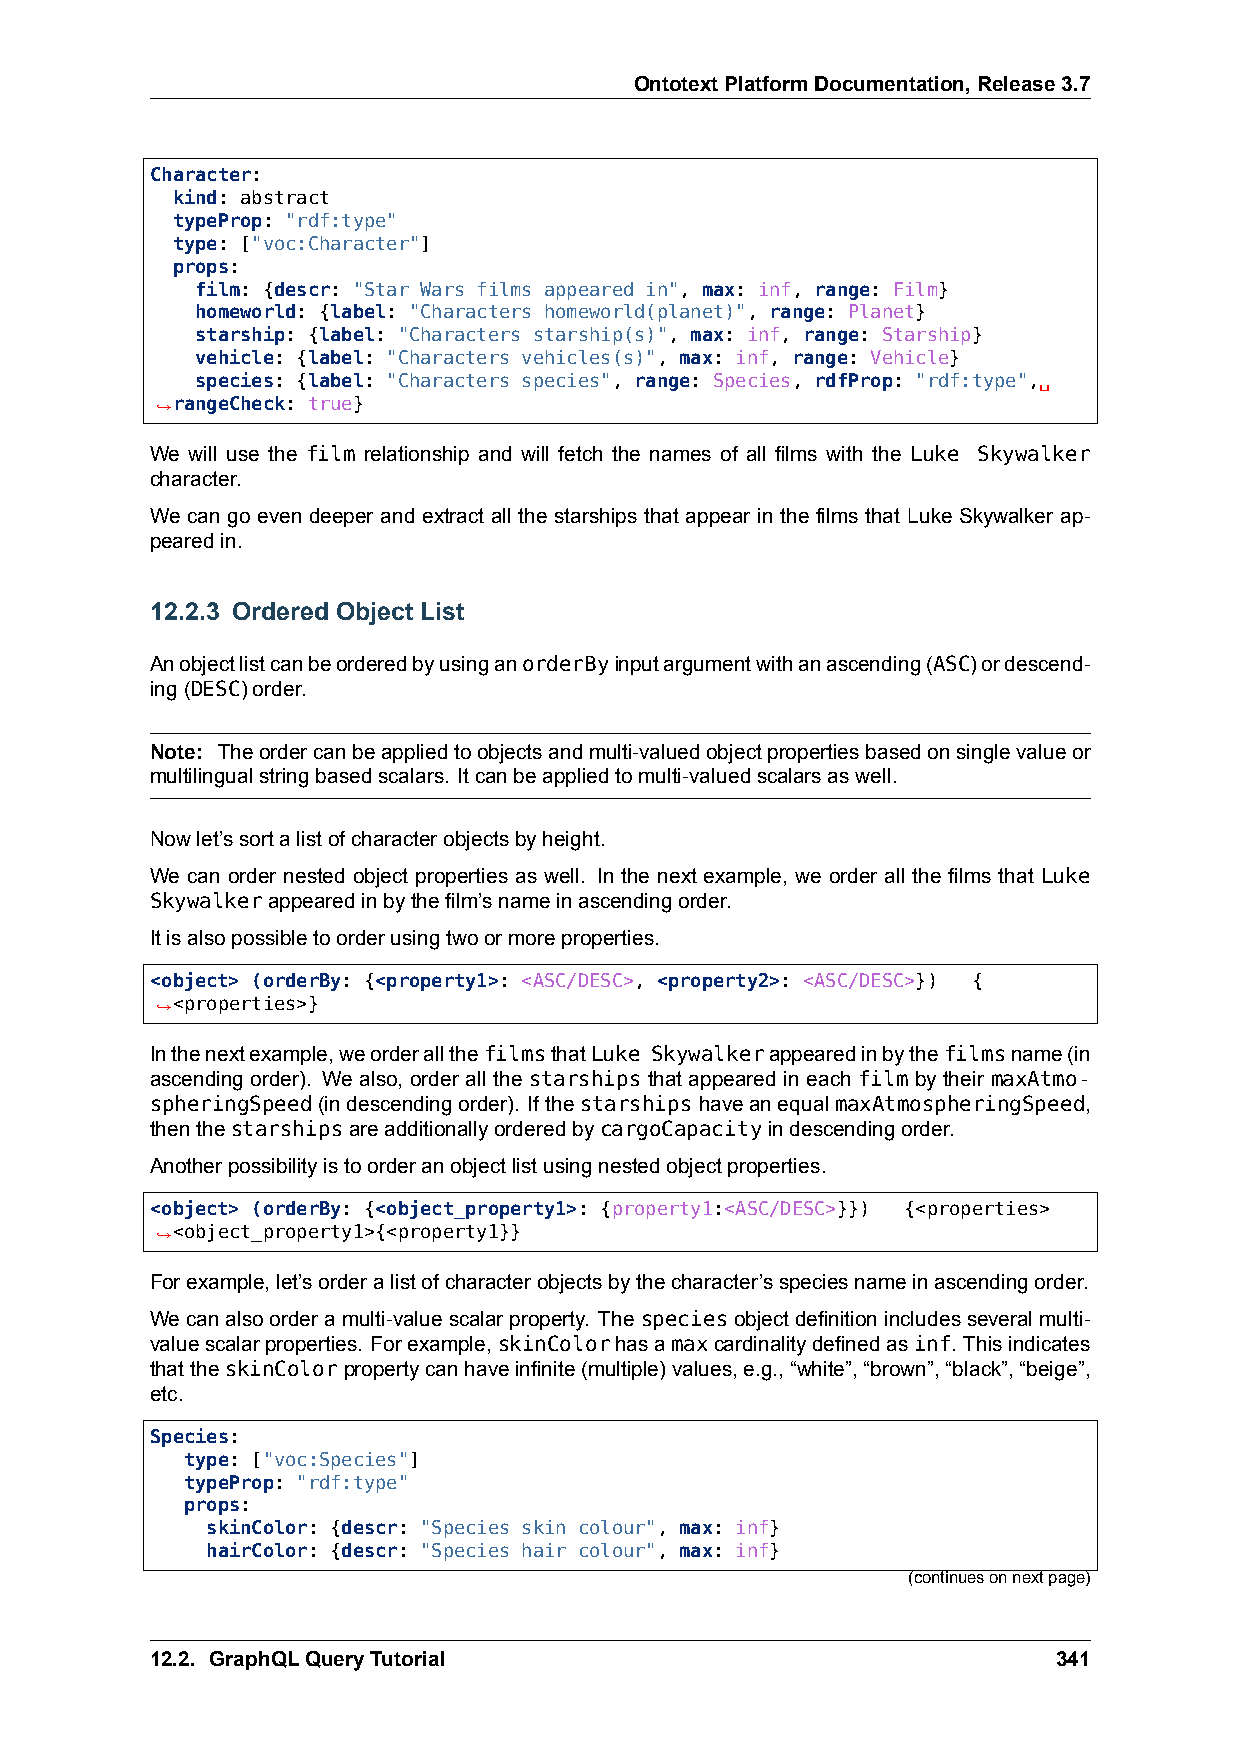
OntotextPlatformDocumentation,Release3.7
 Character:
 kind: abstract
 typeProp: "rdf:type"
 type: ["voc:Character"]
 props:
 film: {descr: "Star Wars films appeared in", max: inf, range: Film}
 homeworld: {label: "Characters homeworld(planet)", range: Planet}
 starship: {label: "Characters starship(s)", max: inf, range: Starship}
 vehicle: {label: "Characters vehicles(s)", max: inf, range: Vehicle}
 species: {label: "Characters species", range: Species, rdfProp: "rdf:type",␣
 ,→rangeCheck: true}
 We will use the film relationship and will fetch the names of all films with the Luke Skywalker
 character.
 We can go even deeper and extract all the starships that appear in the films that Luke Skywalker ap-
 pearedin.
 12.2.3 Ordered Object List
 AnobjectlistcanbeorderedbyusinganorderByinputargumentwithanascending(ASC)ordescend-
 ing(DESC)order.
 Note: Theordercanbeappliedtoobjectsandmulti-valuedobjectpropertiesbasedonsinglevalueor
 multilingualstringbasedscalars. Itcanbeappliedtomulti-valuedscalarsaswell.
 Nowlet’ssortalistofcharacterobjectsbyheight.
 We can order nested object properties as well. In the next example, we order all the films that Luke
 Skywalkerappearedinbythefilm’snameinascendingorder.
 Itisalsopossibletoorderusingtwoormoreproperties.
 <object> (orderBy: {<property1>: <ASC/DESC>, <property2>: <ASC/DESC>}) {
 ,→<properties>}
 Inthenextexample,weorderallthefilmsthatLuke Skywalkerappearedinbythefilmsname(in
 ascending order). We also, order all the starships that appeared in each film by their maxAtmo-
 spheringSpeed(indescendingorder). IfthestarshipshaveanequalmaxAtmospheringSpeed,
 thenthestarshipsareadditionallyorderedbycargoCapacityindescendingorder.
 Anotherpossibilityistoorderanobjectlistusingnestedobjectproperties.
 <object> (orderBy: {<object_property1>: {property1:<ASC/DESC>}}) {<properties>
 ,→<object_property1>{<property1}}
 Forexample,let’sorderalistofcharacterobjectsbythecharacter’sspeciesnameinascendingorder.
 Wecanalsoorderamulti-valuescalarproperty. Thespeciesobjectdefinitionincludesseveralmulti-
 valuescalarproperties. Forexample,skinColorhasamaxcardinalitydefinedasinf. Thisindicates
 thattheskinColorpropertycanhaveinfinite(multiple)values,e.g.,“white”,“brown”,“black”,“beige”,
 etc.
 Species:
 type: ["voc:Species"]
 typeProp: "rdf:type"
 props:
 skinColor: {descr: "Species skin colour", max: inf}
 hairColor: {descr: "Species hair colour", max: inf}
 (continuesonnextpage)
 12.2. GraphQLQueryTutorial                                  341